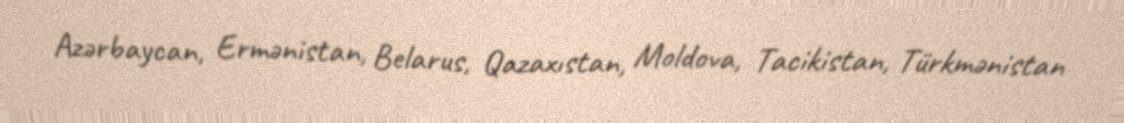
Azərbaycan, Ermənistan, Belarus, Qazaxıstan, Moldova, Tacikistan, Türkmənistan